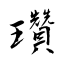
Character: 瓚